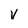
Character: V